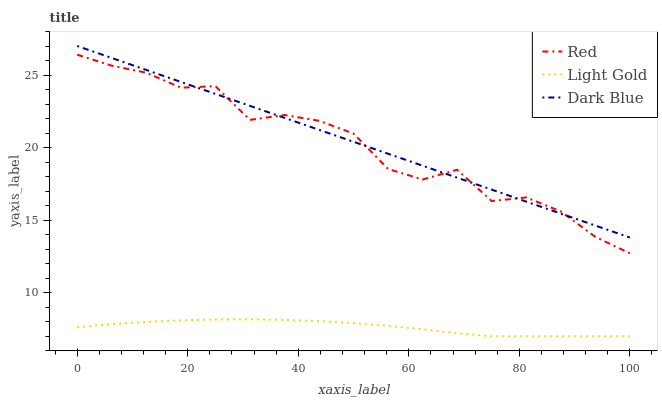
| xaxis_label | Red | Light Gold | Dark Blue |
 | --- | --- | --- | --- |
 | 0 | 26.4 | 7.63 | 27 |
 | 6.25 | 25.6 | 7.83 | 26.2 |
 | 12.5 | 25.2 | 7.99 | 25.4 |
 | 18.8 | 24.1 | 8.1 | 24.5 |
 | 25 | 24.2 | 8.16 | 23.7 |
 | 31.2 | 21.9 | 8.17 | 22.9 |
 | 37.5 | 22.2 | 8.13 | 22.1 |
 | 43.8 | 21.8 | 8.04 | 21.2 |
 | 50 | 21 | 7.9 | 20.4 |
 | 56.2 | 18.5 | 7.72 | 19.6 |
 | 62.5 | 17.8 | 7.48 | 18.8 |
 | 68.8 | 18.5 | 7.2 | 17.9 |
 | 75 | 16.3 | 7 | 17.1 |
 | 81.2 | 16.6 | 7 | 16.3 |
 | 87.5 | 15.6 | 7 | 15.5 |
 | 93.8 | 13.8 | 7 | 14.6 |
 | 100 | 12.7 | 7 | 13.8 |